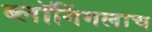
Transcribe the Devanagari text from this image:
ब्लॉगिंगलाच